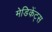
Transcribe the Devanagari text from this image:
मेडिकेंट्स